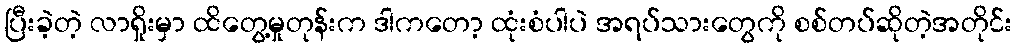
ပြီးခဲ့တဲ့ လာရှိုးမှာ ထိတွေ့မှုတုန်းက ဒါကတော့ ထုံးစံပါပဲ အရပ်သားတွေကို စစ်တပ်ဆိုတဲ့အတိုင်း